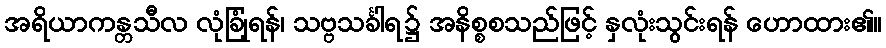
အရိယာကန္တသီလ လုံခြုံရန်၊ သဗ္ဗသင်္ခါရ၌ အနိစ္စစသည်ဖြင့် နှလုံးသွင်းရန် ဟောထား၏။